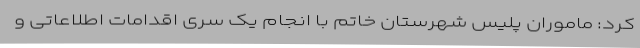
کرد: ماموران پلیس شهرستان خاتم با انجام یک سری اقدامات اطلاعاتی و